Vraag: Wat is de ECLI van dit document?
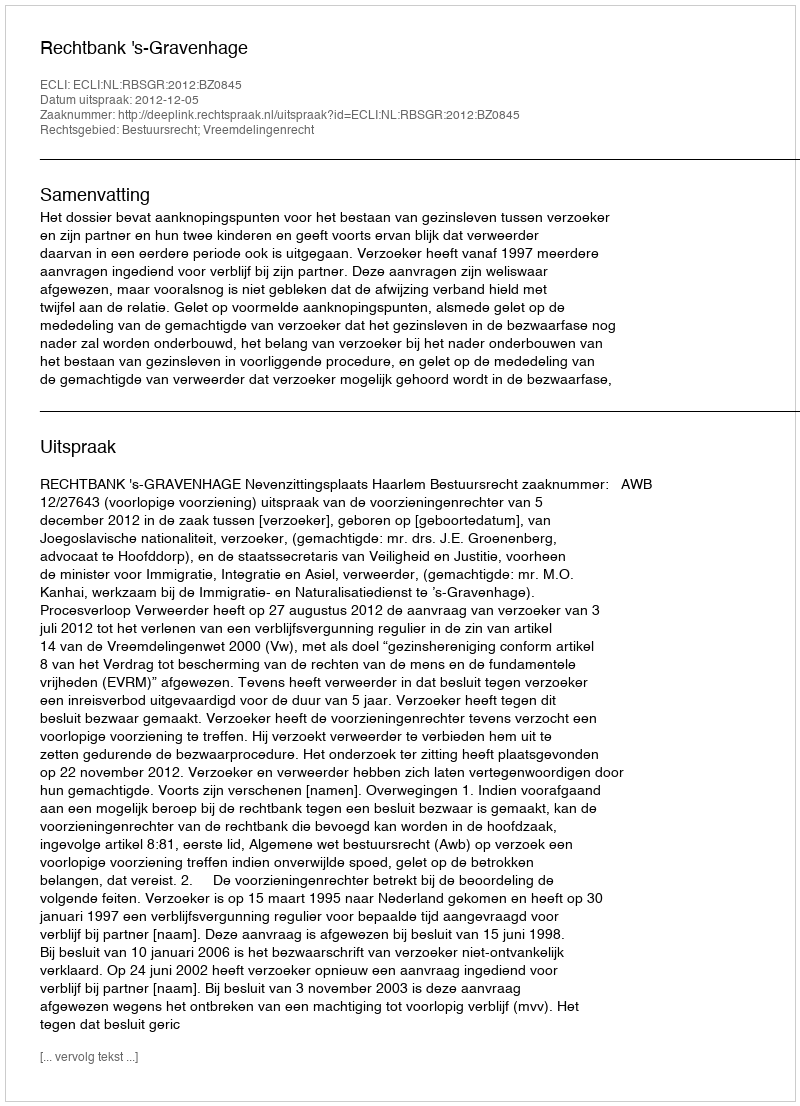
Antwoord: ECLI:NL:RBSGR:2012:BZ0845